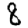
Digit: 8